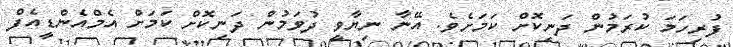
ފުރިހަމަ ކުރަމުން ދަނިކޮށް ކަމަށެވެ. އޭނާ ނިޔާވީ ދުވަމުން ދަނިކޮށް ކަމަށް އެމްއެންޑީއެފް